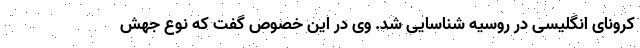
کرونای انگلیسی در روسیه شناسایی شد. وی در این خصوص گفت که نوع جهش